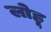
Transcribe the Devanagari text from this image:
लोहू